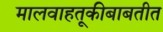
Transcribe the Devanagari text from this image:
मालवाहतूकीबाबतीत